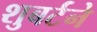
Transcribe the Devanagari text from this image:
शुबर्टने